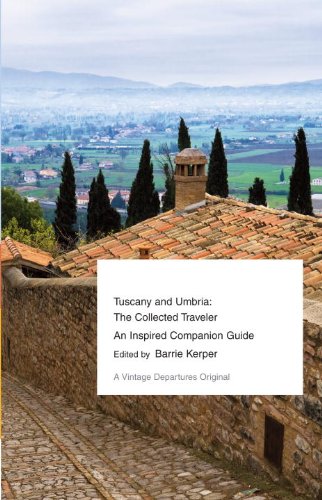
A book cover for Tuscany and Umbria: The Collected Traveler (Vintage Departures); Barrie Kerper; Travel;